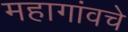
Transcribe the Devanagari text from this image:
महागांवचे